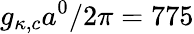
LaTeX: g_{\kappa,c}a^{0}/2\pi=775